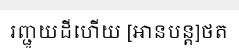
រញ្ជួយដីហើយ [អានបន្ត]ថត